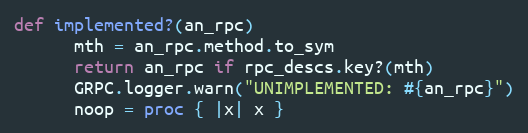
Language: Ruby
def implemented?(an_rpc)
      mth = an_rpc.method.to_sym
      return an_rpc if rpc_descs.key?(mth)
      GRPC.logger.warn("UNIMPLEMENTED: #{an_rpc}")
      noop = proc { |x| x }